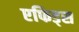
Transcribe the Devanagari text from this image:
एफिड्स